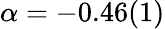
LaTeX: \alpha=-0.46(1)